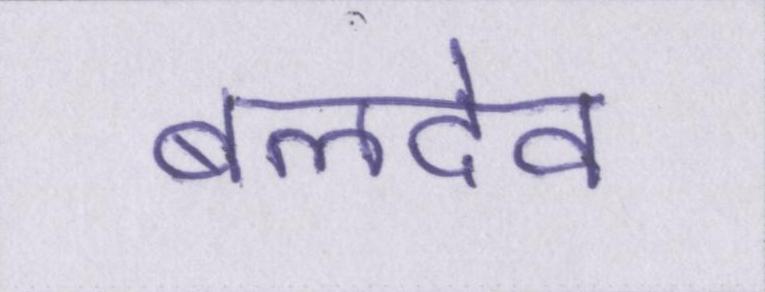
बलदेव